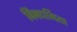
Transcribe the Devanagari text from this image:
बिंबधर्मिता